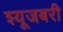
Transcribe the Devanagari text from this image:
श्यूजबरी